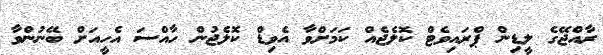
ރާއްޖޭގެ ލީޑިން ޕްރައިވެޓް ކޮލެޖެއް ކަމަށްވާ އެވިޑް ކޮލެޖުން ހާއްސަ އެހީއަށް ބޭނުންވާ